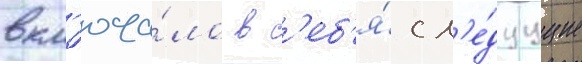
вкл'юча́ло в с'еб'я́ сл'е́дуущие